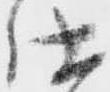
仕